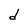
Character: d